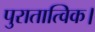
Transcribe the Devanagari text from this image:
पुरातात्विक।